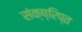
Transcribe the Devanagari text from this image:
संक्ष्रिप्त